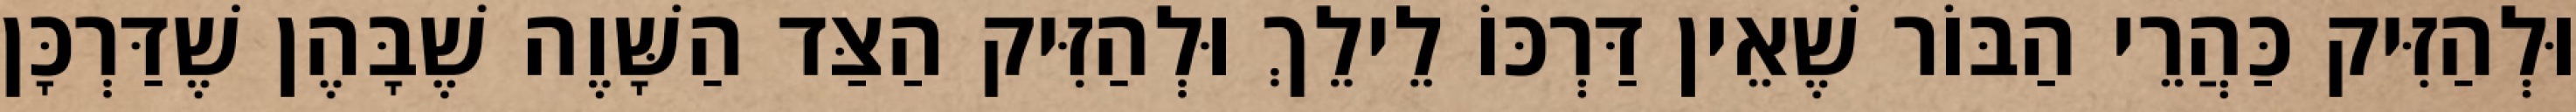
וּלְהַזִּיק כַּהֲרֵי הַבּוֹר שֶׁאֵין דַּרְכּוֹ לֵילֵךְ וּלְהַזִּיק הַצַּד הַשָּׁוֶה שֶׁבָּהֶן שֶׁדַּרְכָּן